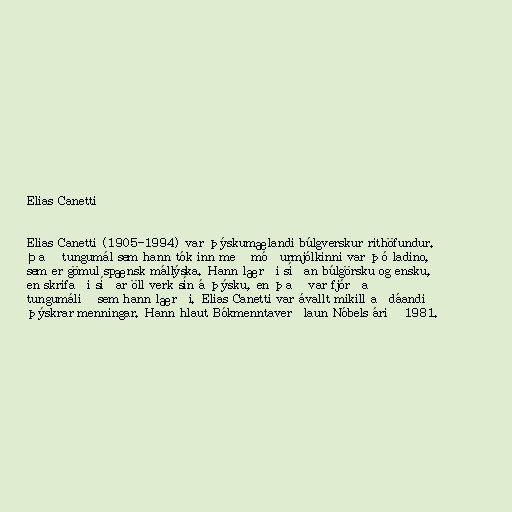
Elias Canetti

Elias Canetti (1905-1994) var þýskumælandi búlgverskur rithöfundur.
Það tungumál sem hann tók inn með móðurmjólkinni var þó ladino,
sem er gömul spænsk mállýska. Hann lærði síðan búlgörsku og ensku,
en skrifaði síðar öll verk sín á þýsku, en það var fjórða
tungumálið sem hann lærði. Elias Canetti var ávallt mikill aðdáandi
þýskrar menningar. Hann hlaut Bókmenntaverðlaun Nóbels árið 1981.